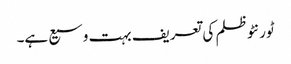
ٹورنٹو ظلم کی تعریف بہت وسیع ہے۔